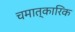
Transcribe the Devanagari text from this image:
चमात्कारिक